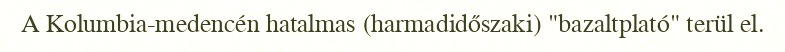
A Kolumbia-medencén hatalmas (harmadidőszaki) "bazaltplató" terül el.